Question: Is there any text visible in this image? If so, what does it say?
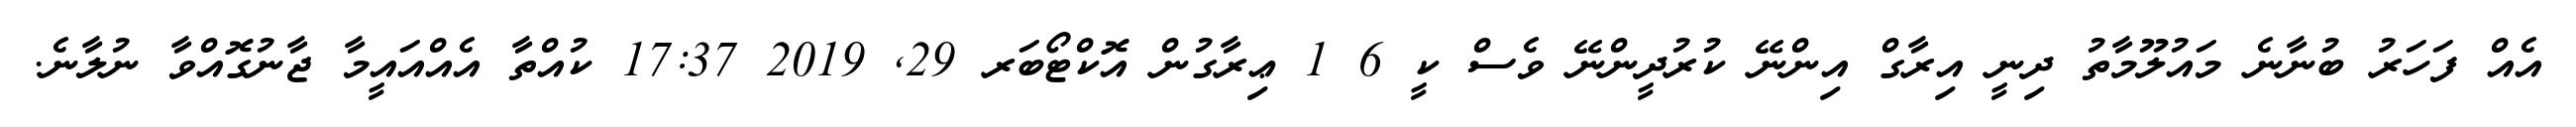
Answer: އެއް ފަހަރު ބުނާނެ މައުލޫމާތު ދިނީ އިރާގް އިންނޭ ކުރުދީންނޭ ވެސް ކީ 6 1 ޢިރާގުން އޮކްޓޯބަރ 29, 2019 17:37 ކުއްތާ އެއްއައީމާ ޖާނުގޮއްވާ ނުލާނެ.